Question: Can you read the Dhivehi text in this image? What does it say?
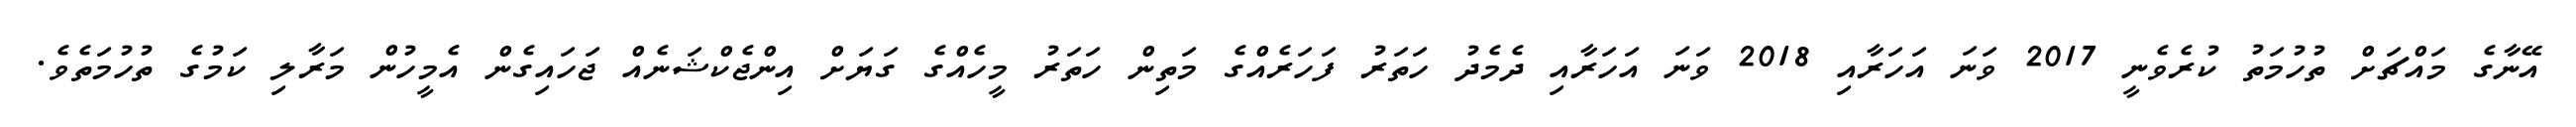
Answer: އޭނާގެ މައްޗަށް ތުހުމަތު ކުރެވެނީ 2017 ވަނަ އަހަރާއި 2018 ވަނަ އަހަރާއި ދެމެދު ހަތަރު ފަހަރެއްގެ މަތިން ހަތަރު މީހެއްގެ ގަޔަށް އިންޖެކްޝަނެއް ޖަހައިގެން އެމީހުން މަރާލި ކަމުގެ ތުހުމަތެވެ.